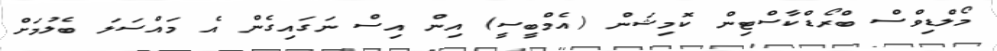
މޯލްޑިވްސް ބްރޯޑްކާސްޓިން ކޮމިޝަން (އެމްބީސީ) އިން އިސް ނަގައިގެން އެ މައްސަލަ ބެލުމަށް